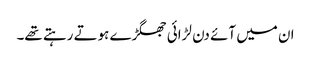
ان میں آئے دن لڑائی جھگڑے ہوتے رہتے تھے۔